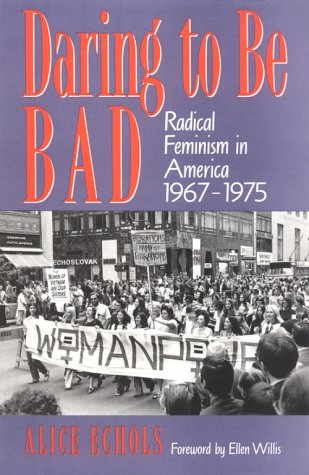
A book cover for Daring To Be Bad: Radical Feminism in America 1967-1975 (American Culture); Alice Echols; Gay & Lesbian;